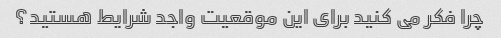
چرا فکر می کنید برای این موقعیت واجد شرایط هستید؟